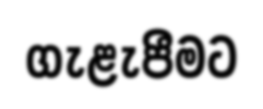
ගැළැපීමට